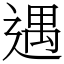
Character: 遇